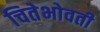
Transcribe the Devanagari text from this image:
चितेभोवती